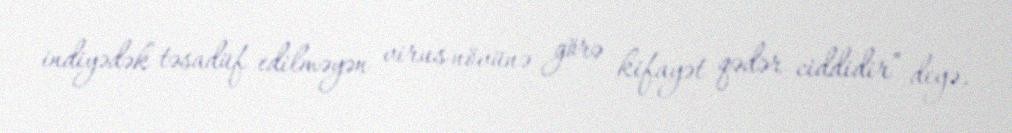
indiyədək təsadüf edilməyən virus növünə görə kifayət qədər ciddidir” deyə,